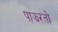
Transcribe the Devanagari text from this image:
पाझरतो